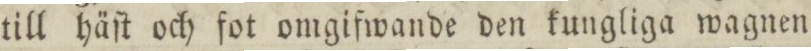
till häſt och fot omgifwande den kungliga wagnen